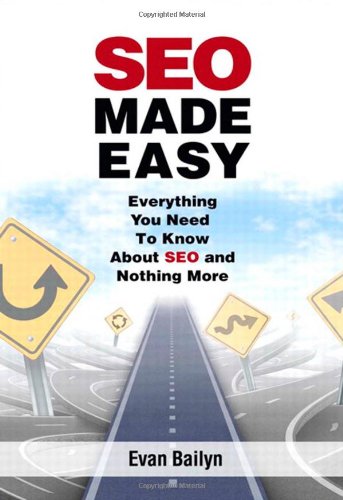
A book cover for SEO Made Easy: Everything You Need to Know About SEO and Nothing More; Evan Bailyn; Computers & Technology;